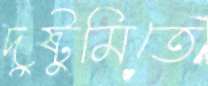
দুষ্টুমিতে